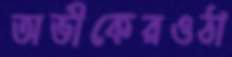
অভীকেরওঠা